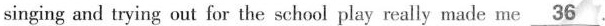
singingand trying out for the school play really made me \underline{36}.